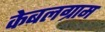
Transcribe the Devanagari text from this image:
केबलग्राम